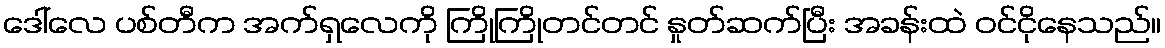
ဒေါ်လေ ပစ်တီက အက်ရှလေကို ကြိုကြိုတင်တင် နှုတ်ဆက်ပြီး အခန်းထဲ ဝင်ငိုနေသည်။